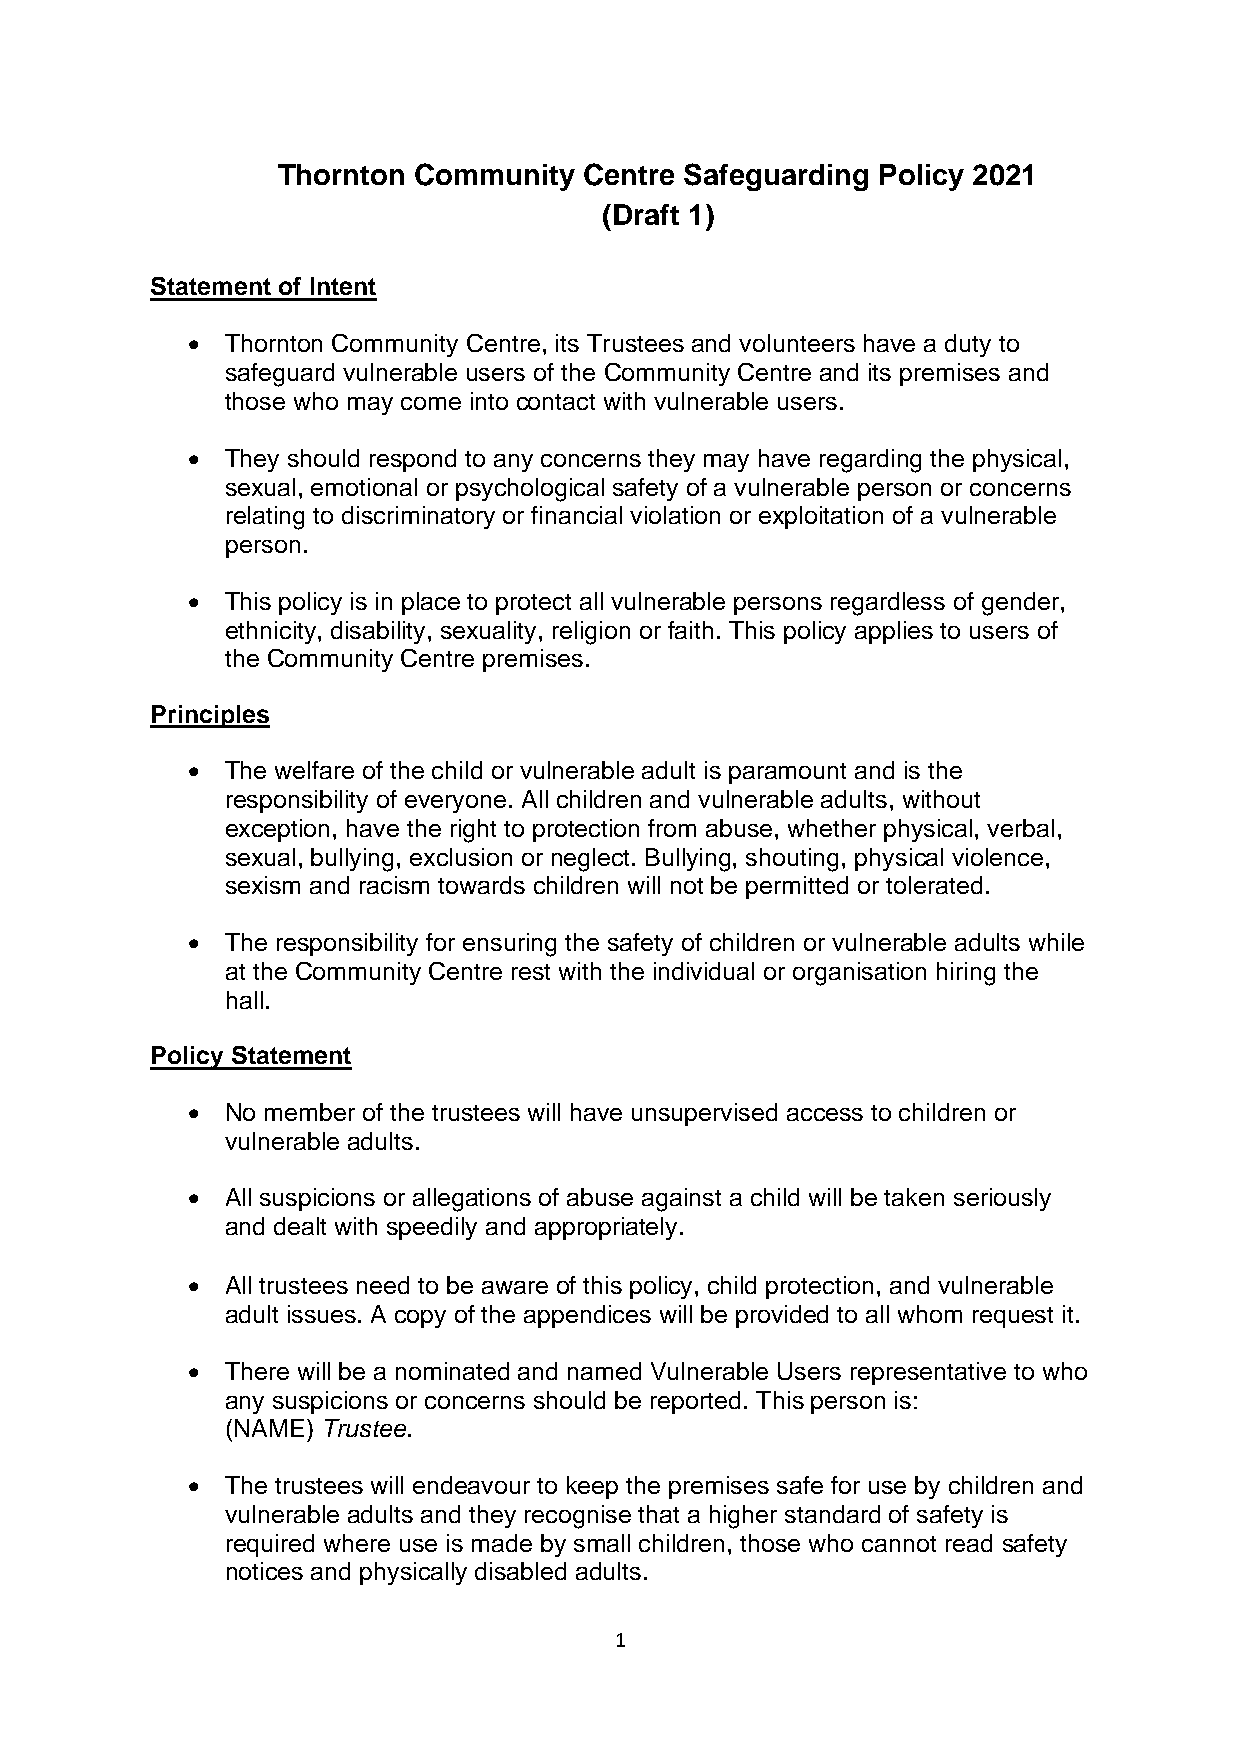
Thornton Community   Centre Safeguarding Policy 2021
 (Draft 1)
 Statement of Intent
 •  Thornton Community Centre, its Trustees and volunteers have a duty to
 safeguard vulnerable users of the Community Centre and its premises and
 those who may come into contact with vulnerable users.
 •  They should respond to any concerns they may have regarding the physical,
 sexual, emotional or psychological safety of a vulnerable person or concerns
 relating to discriminatory or financial violation or exploitation of a vulnerable
 person.
 •  This policy is in place to protect all vulnerable persons regardless of gender,
 ethnicity, disability, sexuality, religion or faith. This policy applies to users of
 the Community Centre premises.
 Principles
 •  The welfare of the child or vulnerable adult is paramount and is the
 responsibility of everyone. All children and vulnerable adults, without
 exception, have the right to protection from abuse, whether physical, verbal,
 sexual, bullying, exclusion or neglect. Bullying, shouting, physical violence,
 sexism and racism towards children will not be permitted or tolerated.
 •  The responsibility for ensuring the safety of children or vulnerable adults while
 at the Community Centre rest with the individual or organisation hiring the
 hall.
 Policy Statement
 •  No member of the trustees will have unsupervised access to children or
 vulnerable adults.
 •  All suspicions or allegations of abuse against a child will be taken seriously
 and dealt with speedily and appropriately.
 •  All trustees need to be aware of this policy, child protection, and vulnerable
 adult issues. A copy of the appendices will be provided to all whom request it.
 •  There will be a nominated and named Vulnerable Users representative to who
 any suspicions or concerns should be reported. This person is:
 (NAME) Trustee.
 •  The trustees will endeavour to keep the premises safe for use by children and
 vulnerable adults and they recognise that a higher standard of safety is
 required where use is made by small children, those who cannot read safety
 notices and physically disabled adults.
 1